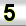
Digit: 5